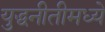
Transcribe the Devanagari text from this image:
युद्धनीतीमध्ये